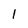
Character: l